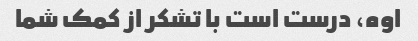
اوه، درست است با تشکر از کمک شما